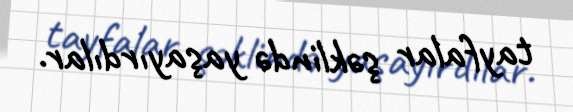
tayfalar şəklində yaşayırdılar.